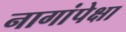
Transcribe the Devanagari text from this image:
नागांपेक्षा